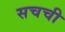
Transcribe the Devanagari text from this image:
सचची